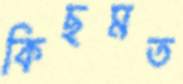
কিছমত